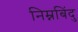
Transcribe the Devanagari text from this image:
निम्नबिंदु